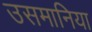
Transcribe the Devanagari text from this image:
उसमानिया